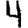
Digit: 4